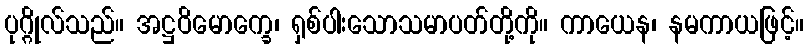
ပုဂ္ဂိုလ်သည်။ အဋ္ဌဝိမောက္ခေ၊ ရှစ်ပါးသောသမာပတ်တို့ကို။ ကာယေန၊ နမကာယဖြင့်။